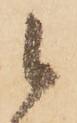
候